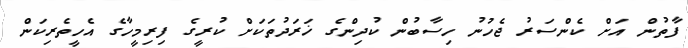
ފާތުން އަށް ކެންސަރު ޖެހުނު ހިސާބުން ކުދިންގެ ޚަރަދުތަކަށް ކުރީގެ ފިރިމީހާގެ އެހީތެރިކަން